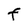
Character: F